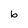
Character: b